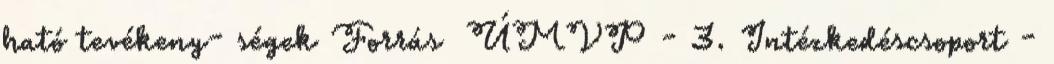
ható tevékeny- ségek Forrás ▪ÚMVP - 3. Intézkedéscsoport -